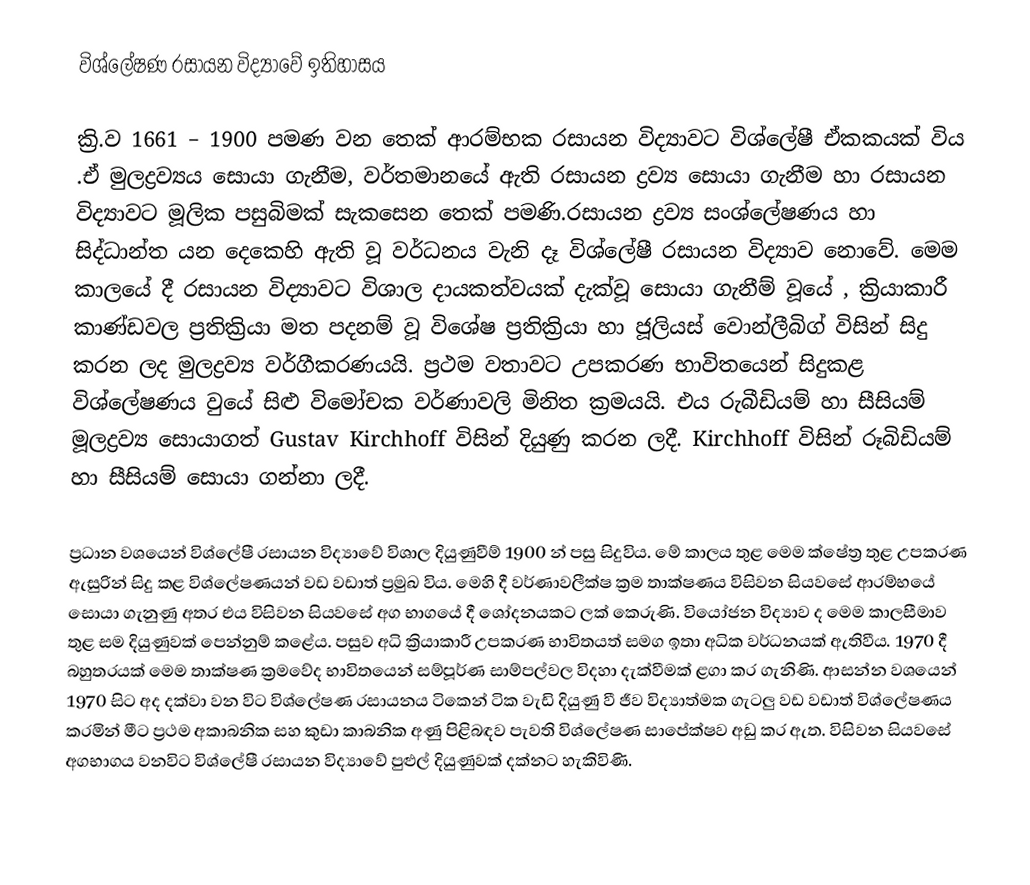
විශ්ලේෂණ රසායන විද්‍යාවේ ඉතිහාසය

ක්‍රි.ව 1661 – 1900 පමණ වන තෙක් ආරම්භක රසායන විද්‍යාවට විශ්ලේෂී ඒකකයක් විය .ඒ මුලද්‍රව්‍යය සොයා ගැනීම, වර්තමානයේ ඇති රසායන ද්‍රව්‍ය සොයා ගැනීම හා රසායන විද්‍යාවට මූලික පසුබිමක් සැකසෙන තෙක් පමණි.රසායන ද්‍රව්‍ය සංශ්ලේෂණය හා සිද්ධාන්ත යන දෙකෙහි ඇති වූ වර්ධනය වැනි දෑ විශ්ලේෂී රසායන විද්‍යාව නොවේ. මෙම කාලයේ දී රසායන විද්‍යාවට විශාල දායකත්වයක් දැක්වූ සොයා ගැනීම් වූයේ , ක්‍රියාකාරී කාණ්ඩවල ප්‍රතික්‍රියා මත පදනම් වූ විශේෂ ප්‍රතික්‍රියා හා ජූලියස් වොන්ලීබිග් විසින් සිදු කරන ලද මුලද්‍රව්‍ය වර්ගීකරණයයි. ප්‍රථම වතාවට උපකරණ භාවිතයෙන් සිදුකළ විශ්ලේෂණය වුයේ සිළු විමෝචක වර්ණාවලි මිනිත ක්‍රමයයි. එය රුබීඩියම් හා සීසියම් මූලද්‍රව්‍ය සොයාගත් Gustav Kirchhoff විසින් දියුණු කරන ලදී. Kirchhoff විසින් රූබිඩියම් හා සීසියම් සොයා ගන්නා ලදී.

ප්‍රධාන වශයෙන් විශ්ලේෂී රසායන විද්‍යාවේ විශාල දියුණුවීම් 1900 න් පසු සිදුවිය. මේ කාලය තුළ මෙම ක්ෂේත්‍ර තුළ උපකරණ ඇසුරින් සිදු කළ විශ්ලේෂණයන් වඩ වඩාත් ප්‍රමුඛ විය. මෙහි දී වර්ණාවලීක්ෂ ක්‍රම තාක්ෂණය විසිවන සියවසේ ආරම්භයේ සොයා ගැනුණු අතර එය විසිවන සියවසේ අග භාගයේ දී ශෝදනයකට ලක් කෙරුණි. වියෝජන විද්‍යාව ද මෙම කාලසීමාව තුළ සම දියුණුවක් පෙන්නුම් කළේය. පසුව අධි ක්‍රියාකාරී උපකරණ භාවිතයත් සමග ඉතා අධික වර්ධනයක් ඇතිවීය. 1970 දී බහුතරයක් මෙම තාක්ෂණ ක්‍රමවේද භාවිතයෙන් සම්පූර්ණ සාම්පල්වල විදහා දැක්වීමක් ළගා කර ගැනිණි. ආසන්න වශයෙන් 1970 සිට අද දක්වා වන විට විශ්ලේෂණ රසායනය ටිකෙන් ටික වැඩි දියුණු වී ජීව විද්‍යාත්මක ගැටලු වඩ වඩාත් විශ්ලේෂණය කරමින් මීට ප්‍රථම අකාබනික සහ කුඩා කාබනික අණු පිළිබඳව පැවති විශ්ලේෂණ සාපේක්ෂව අඩු කර ඇත. විසිවන සියවසේ අගභාගය වනවිට විශ්ලේෂී රසායන විද්‍යාවේ පුළුල් දියුණුවක් දක්නට හැකිවිණි.